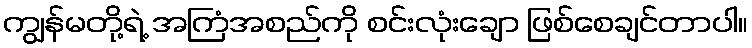
ကျွန်မတို့ရဲ့ အကြံအစည်ကို စင်းလုံးချော ဖြစ်စေချင်တာပါ။